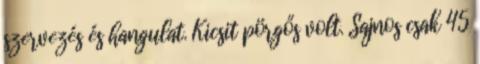
szervezés és hangulat. Kicsit pörgős volt. Sajnos csak 45